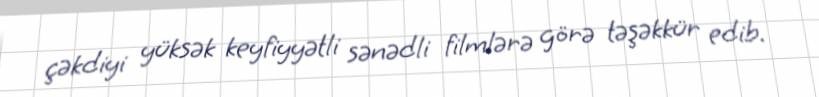
çəkdiyi yüksək keyfiyyətli sənədli filmlərə görə təşəkkür edib.